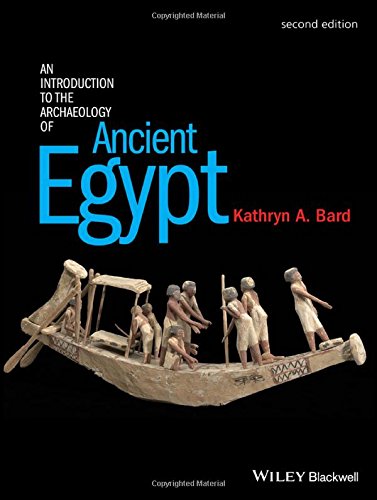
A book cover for An Introduction to the Archaeology of Ancient Egypt; Kathryn A. Bard; History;